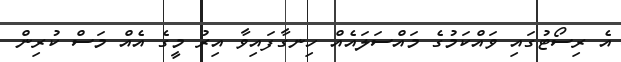
އެ ރިސޯޓުގައި ވައްކަމުގެ މައްސަލައެއް ހިނގާފައިވާ އިރު މީގެ އެއް މަސް ކުރިން